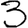
Digit: 3